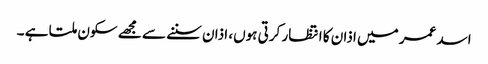
اسد عمر میں اذان کا انتظار کرتی ہوں، اذان سننے سے مجھے سکون ملتا ہے ۔